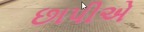
છાપીએ